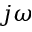
j \omega